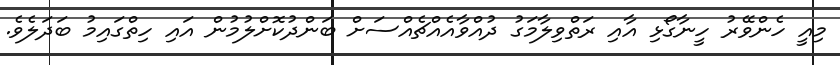
މިއީ ހެންވޭރު ހީނާގޯޅި އާއި ރަތްވިލާމަގު ދުއްވާއެއްޗެއްސަށް ބަންދުކޮށްލުމުން އައި ހިތްގައިމު ބަދަލެވެ.